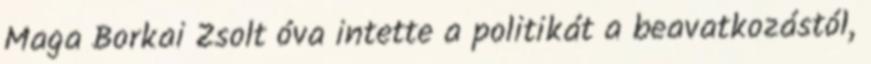
Maga Borkai Zsolt óva intette a politikát a beavatkozástól,